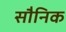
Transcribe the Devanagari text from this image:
सौनिक